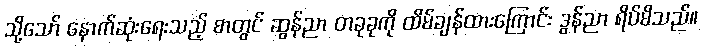
သို့သော် နောက်ဆုံးရေးသည့် စာတွင် ဆွန်ညာ တခုခုကို ထိမ်ချန်ထားကြောင်း ဒွန်ညာ ရိပ်မိသည်။